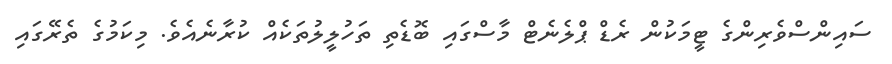
ސައިންސްވެރިންގެ ޓީމަކުން ރެޑް ޕްލެނެޓް މާސްގައި ބޮޑެތި ތަހުލީލުތަކެއް ކުރާނެއެވެ. މިކަމުގެ ތެރޭގައި